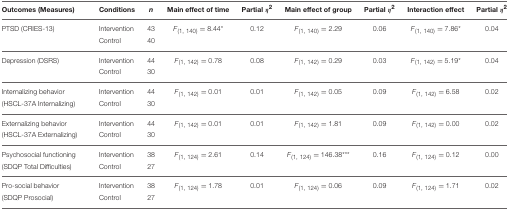
<table><thead><tr><td><b>Outcomes (Measures)</b></td><td><b>Conditions</b></td><td><b><i>n</i></b></td><td><b>Main effect of time</b></td><td><b>Partial η<sup>2</sup></b></td><td><b>Main effect of group</b></td><td><b>Partial η<sup>2</sup></b></td><td><b>Interaction effect</b></td><td><b>Partial η<sup>2</sup></b></td></tr></thead><tbody><tr><td>PTSD (CRIES-13)</td><td>Intervention</td><td>43</td><td><i>F</i><sub>(1, 140)</sub> = 8.44<sup>*</sup></td><td>0.12</td><td><i>F</i><sub>(1, 140)</sub> = 2.29</td><td>0.06</td><td><i>F</i><sub>(1, 140)</sub> = 7.86<sup>*</sup></td><td>0.04</td></tr><tr><td></td><td>Control</td><td>40</td><td></td><td></td><td></td><td></td><td></td><td></td></tr><tr><td>Depression (DSRS)</td><td>Intervention</td><td>44</td><td><i>F</i><sub>(1, 142)</sub> = 0.78</td><td>0.08</td><td><i>F</i><sub>(1, 142)</sub> = 0.29</td><td>0.03</td><td><i>F</i><sub>(1, 142)</sub> = 5.19<sup>*</sup></td><td>0.04</td></tr><tr><td></td><td>Control</td><td>30</td><td></td><td></td><td></td><td></td><td></td><td></td></tr><tr><td>Internalizing behavior</td><td>Intervention</td><td>44</td><td><i>F</i><sub>(1, 142)</sub> = 0.01</td><td>0.01</td><td><i>F</i><sub>(1, 142)</sub> = 0.05</td><td>0.09</td><td><i>F</i><sub>(1, 142)</sub> = 6.58</td><td>0.02</td></tr><tr><td>(HSCL-37A Internalizing)</td><td>Control</td><td>30</td><td></td><td></td><td></td><td></td><td></td><td></td></tr><tr><td>Externalizing behavior</td><td>Intervention</td><td>44</td><td><i>F</i><sub>(1, 142)</sub> = 0.01</td><td>0.01</td><td><i>F</i><sub>(1, 142)</sub> = 1.81</td><td>0.09</td><td><i>F</i><sub>(1, 142)</sub> = 0.00</td><td>0.02</td></tr><tr><td>(HSCL-37A Externalizing)</td><td>Control</td><td>30</td><td></td><td></td><td></td><td></td><td></td><td></td></tr><tr><td>Psychosocial functioning</td><td>Intervention</td><td>38</td><td><i>F</i><sub>(1, 124)</sub> = 2.61</td><td>0.14</td><td><i>F</i><sub>(1, 124)</sub> = 146.38<sup>***</sup></td><td>0.16</td><td><i>F</i><sub>(1, 124)</sub> = 0.12</td><td>0.00</td></tr><tr><td>(SDQP Total Difficulties)</td><td>Control</td><td>27</td><td></td><td></td><td></td><td></td><td></td><td></td></tr><tr><td>Pro-social behavior</td><td>Intervention</td><td>38</td><td><i>F</i><sub>(1, 124)</sub> = 1.78</td><td>0.01</td><td><i>F</i><sub>(1, 124)</sub> = 0.06</td><td>0.09</td><td><i>F</i><sub>(1, 124)</sub> = 1.71</td><td>0.02</td></tr><tr><td>(SDQP Prosocial)</td><td>Control</td><td>27</td><td></td><td></td><td></td><td></td><td></td><td></td></tr></tbody></table>